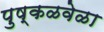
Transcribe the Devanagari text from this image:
पुष्कळवेळा